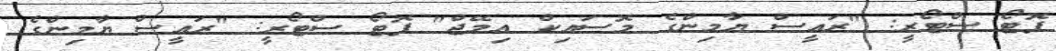
ފޮޓޯ ސްޓޯރީ: "ރައީސް ޔާމިންގެ މޮސައިކް އިމޭޖް" ފޮޓޯ ސްޓޯރީ: "ރައީސް ޔާމިންގެ